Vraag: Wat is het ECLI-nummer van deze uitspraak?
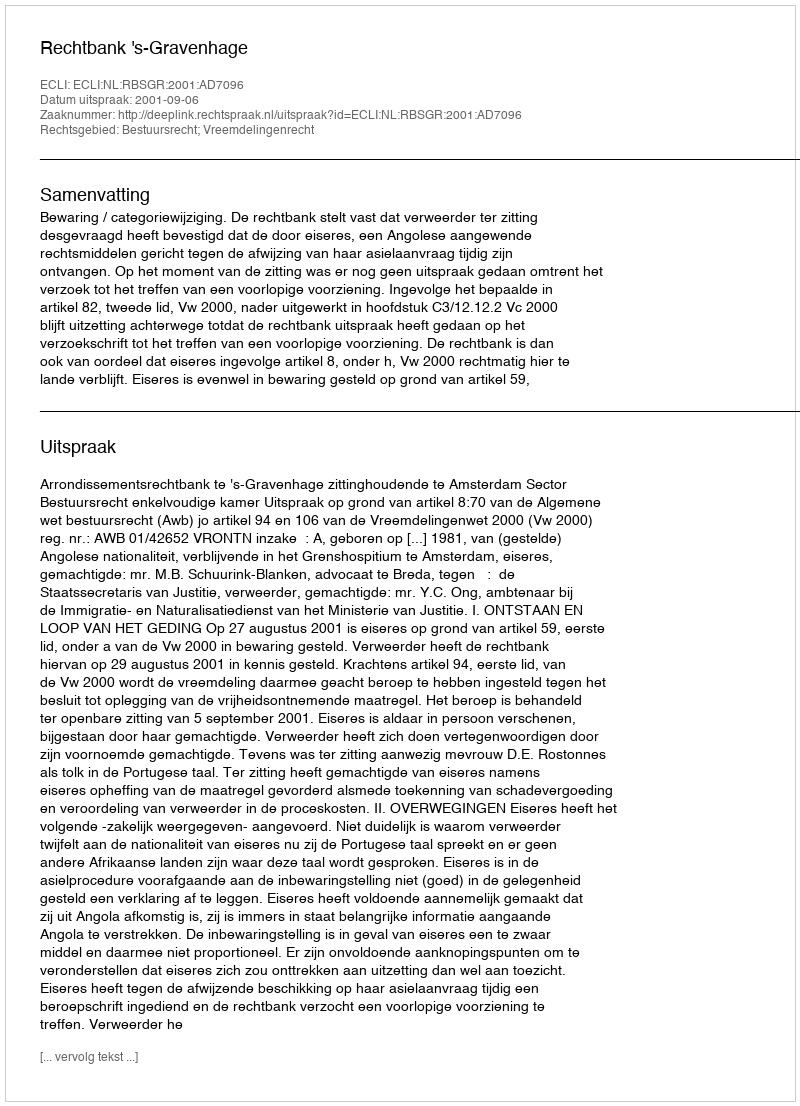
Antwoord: ECLI:NL:RBSGR:2001:AD7096